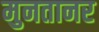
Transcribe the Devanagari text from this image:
मुनतानर